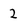
Character: 2